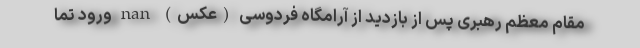
مقام معظم رهبری پس از بازدید از آرامگاه فردوسی (عکس) nan ورود تما